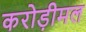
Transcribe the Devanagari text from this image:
करोड़ीमल